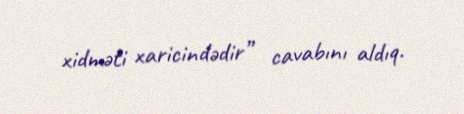
xidməti xaricindədir” cavabını aldıq.